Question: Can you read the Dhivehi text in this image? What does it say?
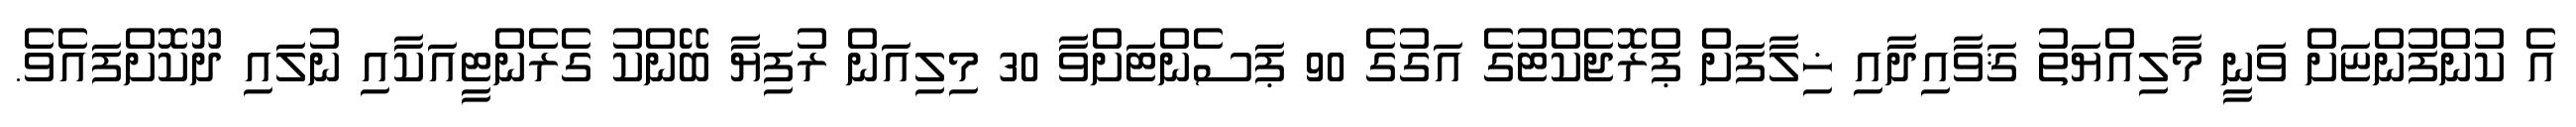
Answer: އެ ކުންފުންޏަށް ވަނީ މާލިއްޔަތު ޤަވާއިދާއި ޚިލާފަށް ޕްރޮޖެކްޓުގެ އަގުގެ 90 ޕަސެންޓަށްވާ 30 މިލިއަން ރުފިޔާ ބޭންކު ގެރެންޓީއަކާއި ނުލައި ދޫކޮށްފައެވެ.